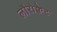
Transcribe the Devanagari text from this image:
लौरोक्वेट